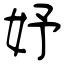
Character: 妤